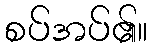
စပ်အပ်၏။